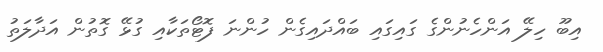
އިބޫ ހިލޭ އަންހެނުންގެ ގައިގައި ބައްދައިގެން ހުންނަ ފޮޓޯތަކާއި ގުޅޭ ގޮތުން އަދާލަތު